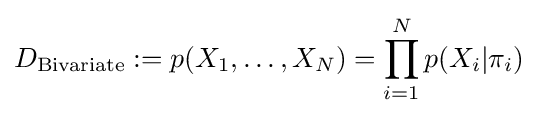
D_{\text{Bivariate}}:=p(X_{1},\dots ,X_{N})=\prod _{i=1}^{N}p(X_{i}|\pi _{i})